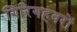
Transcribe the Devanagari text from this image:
गिरिगहवरों